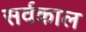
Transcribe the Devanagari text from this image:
सर्वकाल